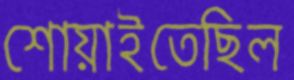
শোয়াইতেছিল